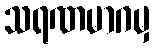
သရဏမာဂမှ